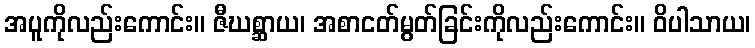
အပူကိုလည်းကောင်း။ ဇီဃစ္ဆာယ၊ အစာငတ်မွတ်ခြင်းကိုလည်းကောင်း။ ဝိပါသာယ၊